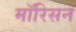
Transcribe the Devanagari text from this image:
मॉरिसन